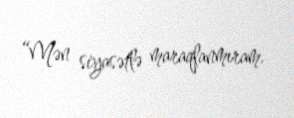
“Mən siyasətlə maraqlanmıram.